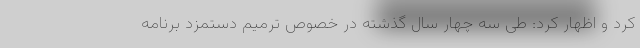
کرد و اظهار کرد: طی سه چهار سال گذشته در خصوص ترمیم دستمزد برنامه